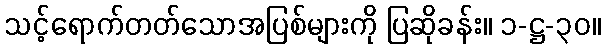
သင့်ရောက်တတ်သောအပြစ်များကို ပြဆိုခန်း။ ၁-ဋ္ဌ-၃၀။